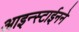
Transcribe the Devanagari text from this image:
आइन्स्टाईनने